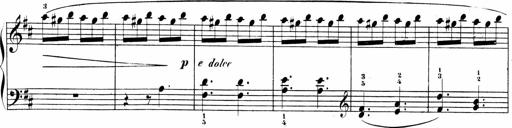
Title: Sonatinen Op.47, 98 und 136, nebst 6 Liedersonatinen
Composer: Carl Reinecke